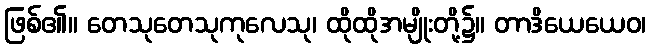
ဖြစ်၏။ တေသုတေသုကုလေသု၊ ထိုထိုအမျိုးတို့၌။ တာဒိယေယေဝ၊